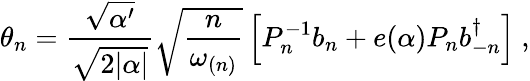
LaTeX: \theta_{n}=\frac{\sqrt{\alpha^{\prime}}}{\sqrt{2|\alpha|}}\sqrt{\frac{n}{\omega_{(n)}}}\left[P_{n}^{-1}b_{n}+e(\alpha)P_{n}b_{-n}^{\dagger}\right]~,